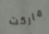
ماركت